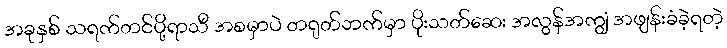
အခုနှစ် သရက်တင်ပို့ရာသီ အစမှာပဲ တရုတ်ဘက်မှာ ပိုးသတ်ဆေး အလွန်အကျွံ အဖျန်းခံခဲ့ရတဲ့